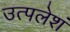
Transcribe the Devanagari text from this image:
उत्पलेशं